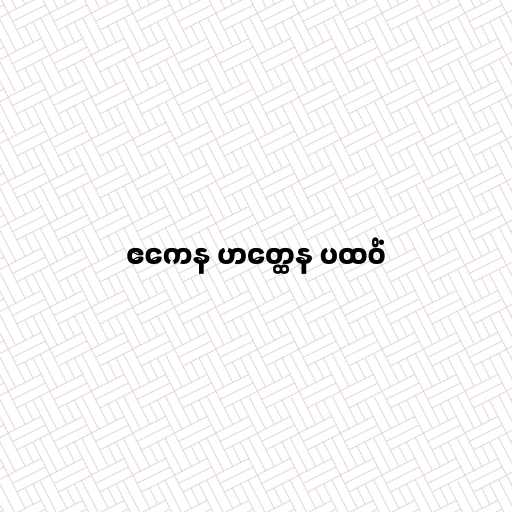
ဧကေန ဟတ္ထေန ပထဝိံ